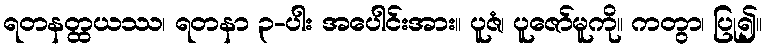
ရတနတ္ထယဿ၊ ရတနာ ၃-ပါး အပေါင်းအား။ ပူဇံ၊ ပူဇော်မူကို။ ကတွာ၊ ပြု၍။